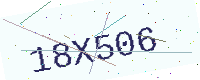
Text: 18X506